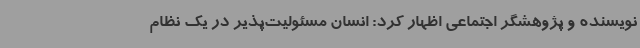
نویسنده و پژوهشگر اجتماعی اظهار کرد: انسان مسئولیت‌پذیر در یک نظام